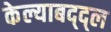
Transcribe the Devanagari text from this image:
केल्याबद्द्ल